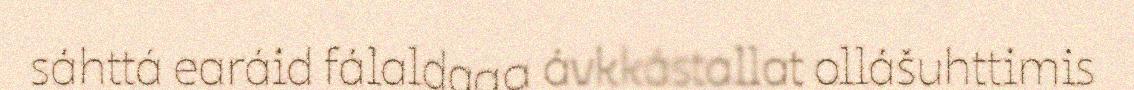
sáhttá earáid fálaldaga ávkkástallat ollášuhttimis